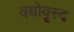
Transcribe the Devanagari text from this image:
वयोवृस्द